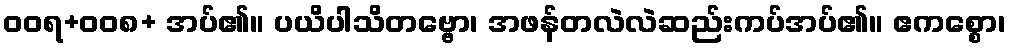
ဝဝရ+ဝဝ၈+ အပ်၏။ ပယိပါသိတဗ္ဗော၊ အဖန်တလဲလဲဆည်းကပ်အပ်၏။ ဧကစ္စော၊